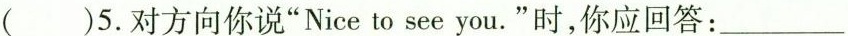
( )5.对方向你说"Nice to see you."时,你应回答:___